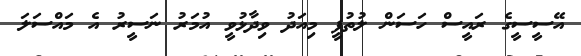
އޭސީސީގެ ރައީސް ހަސަން ލުތުފީ މިއަދު ވިދާޅުވީ އުމަރު ނަސީރު އެ މައްސަލަ